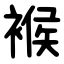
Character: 䙈